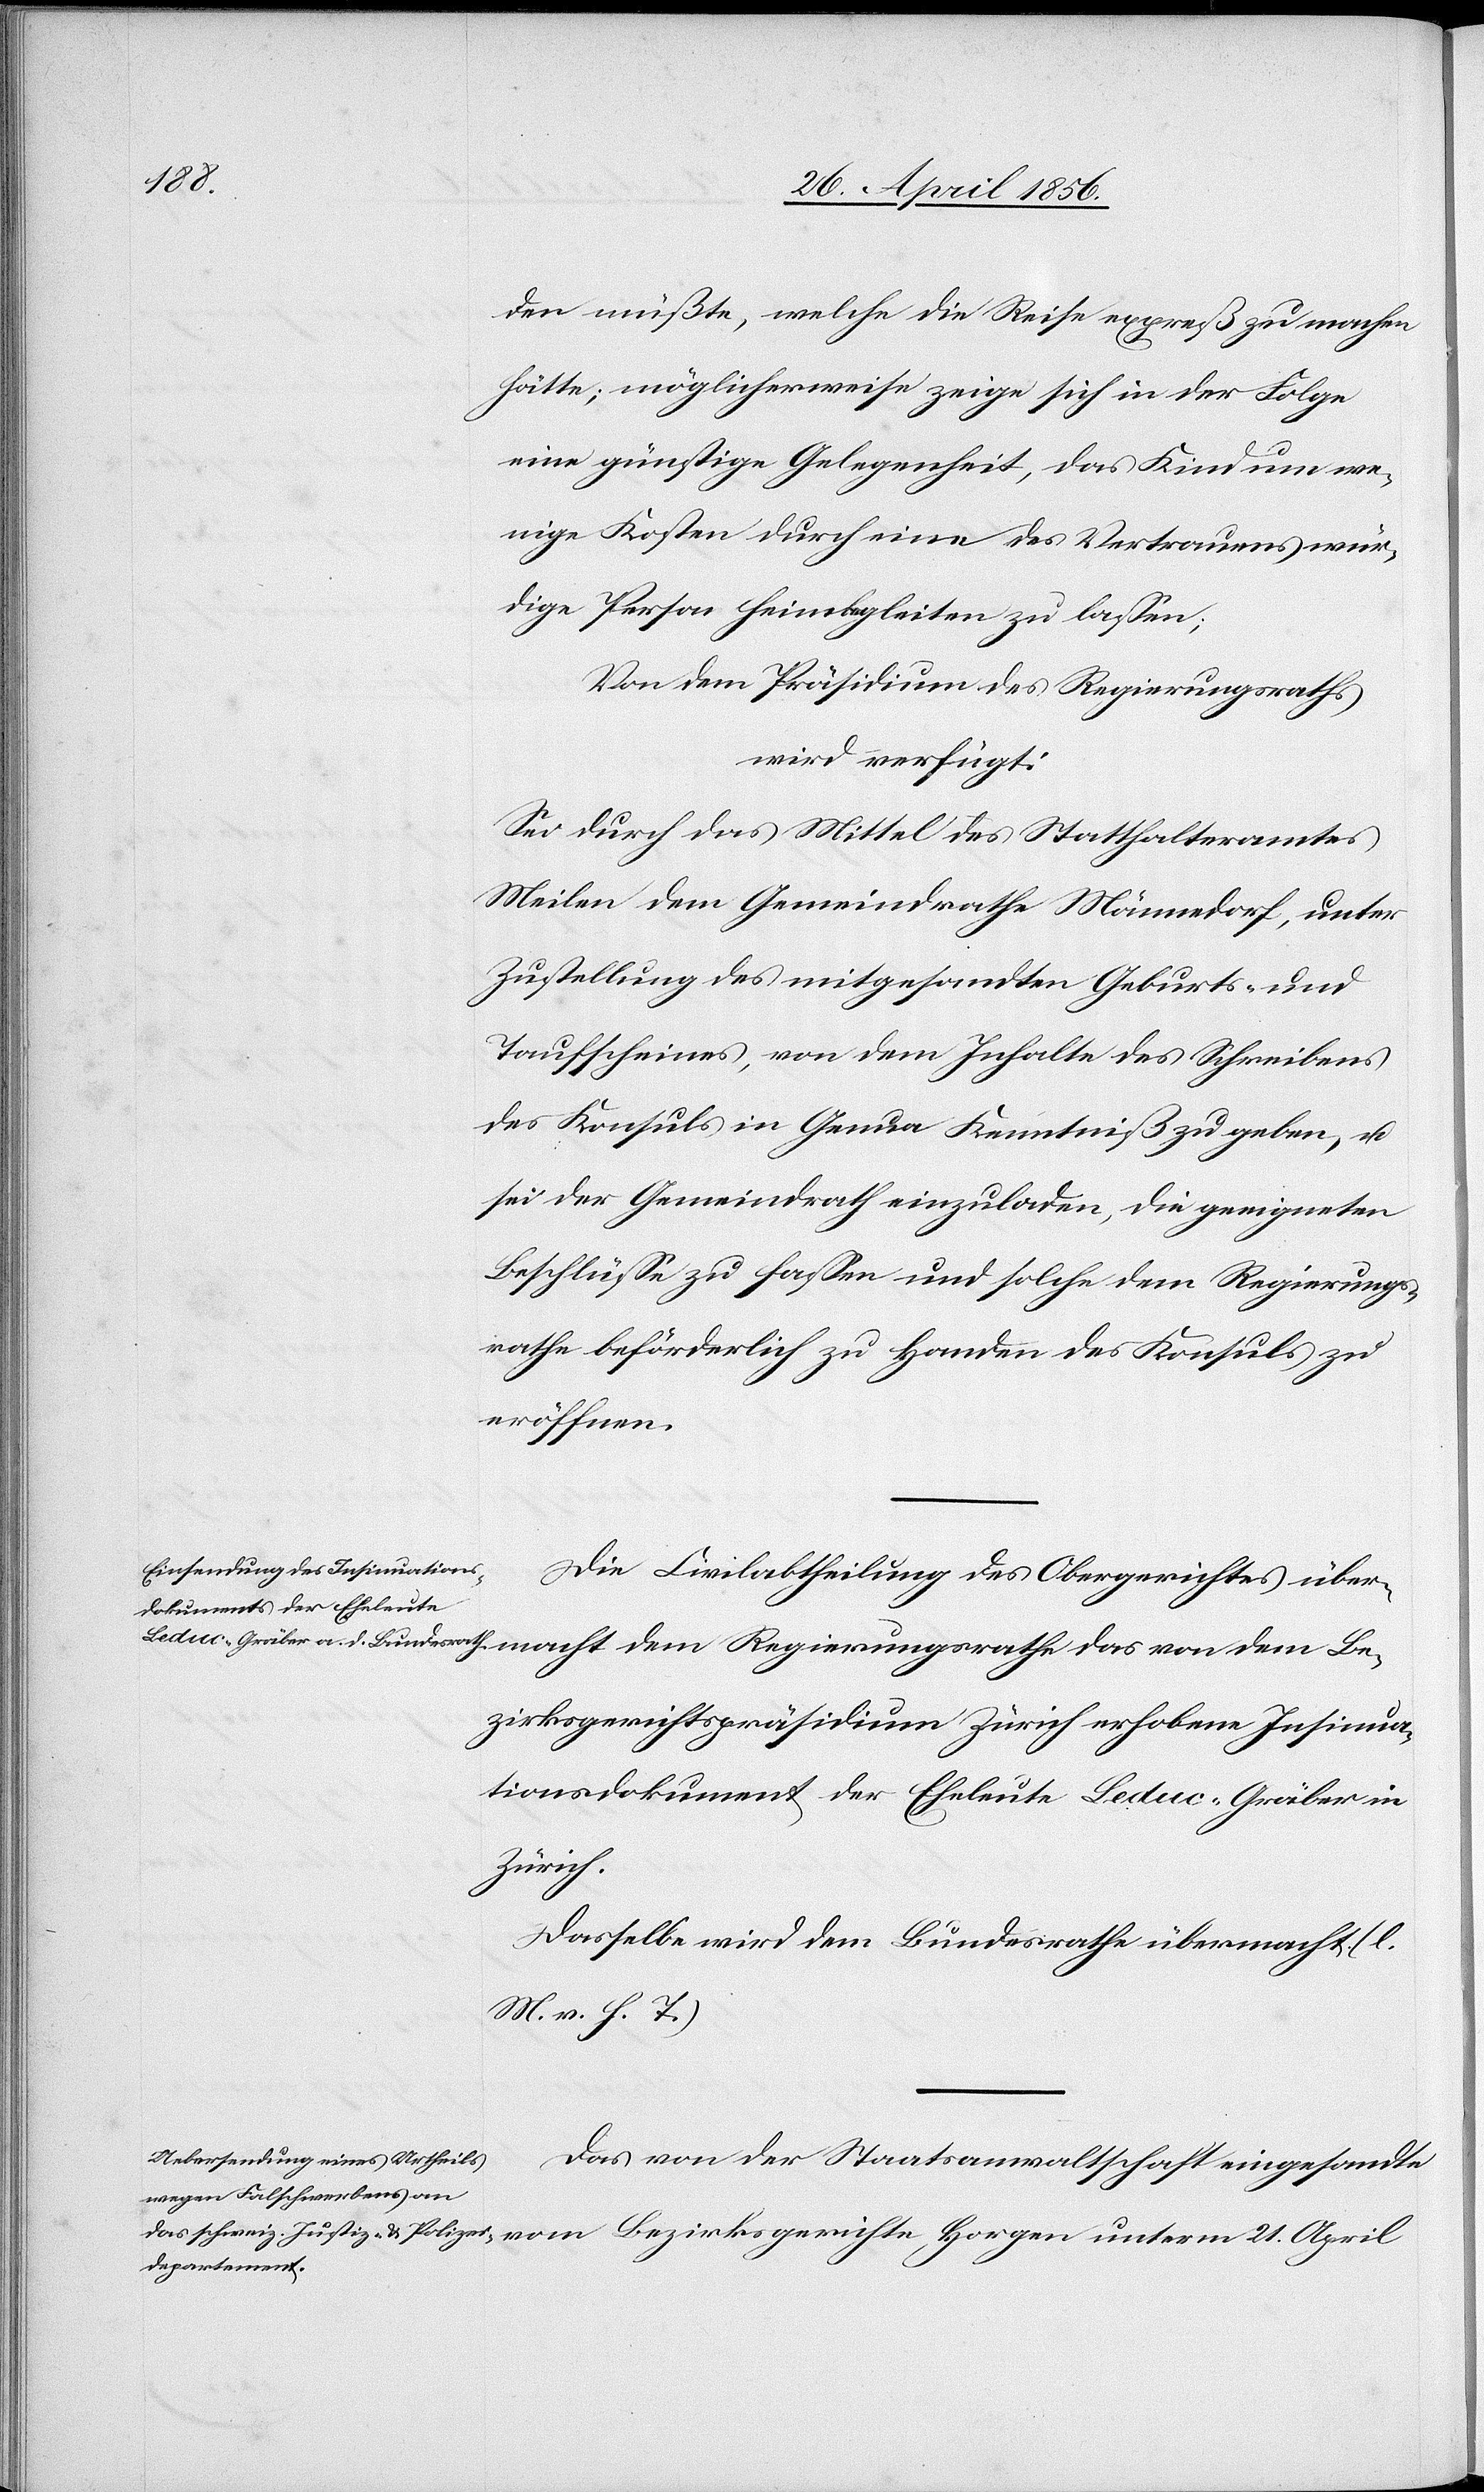
2. Mai 1856.]
den müßte, welche die Reise expreß zu machen
hätte; möglicherweise zeige sich in der Folge
eine günstige Gelegenheit, das Kind um we¬
nige Kosten durch eine des Vertrauens wür¬
dige Person heimbegleiten zu lassen;
Von dem Präsidium des Regierungsraths
wird verfügt:
Sei durch das Mittel des Statthalteramtes
Meilen dem Gemeindrathe Männedorf, unter
Zustellung des mitgesandten Geburts- und
Taufscheines, von dem Inhalte des Schreibens
des Konsuls in Genua Kenntniß zu geben, u.
sei der Gemeindrath einzuladen, die geeigneten
Beschlüsse zu fassen und solche dem Regierungs¬
rathe beförderlich zu Handen des Konsuls zu
eröffnen.
Die Civilabtheilung des Obergerichtes über¬
Bezirksgerichtspräsidium Zürich erhobene Insinua¬
tionsdokument der Eheleute Leduc-Gräber in
Zürich.
Dasselbe wird dem Bundesrathe übermacht. (l.
M. v. h. T.)
Das von der Staatsanwaltschaft eingesandte